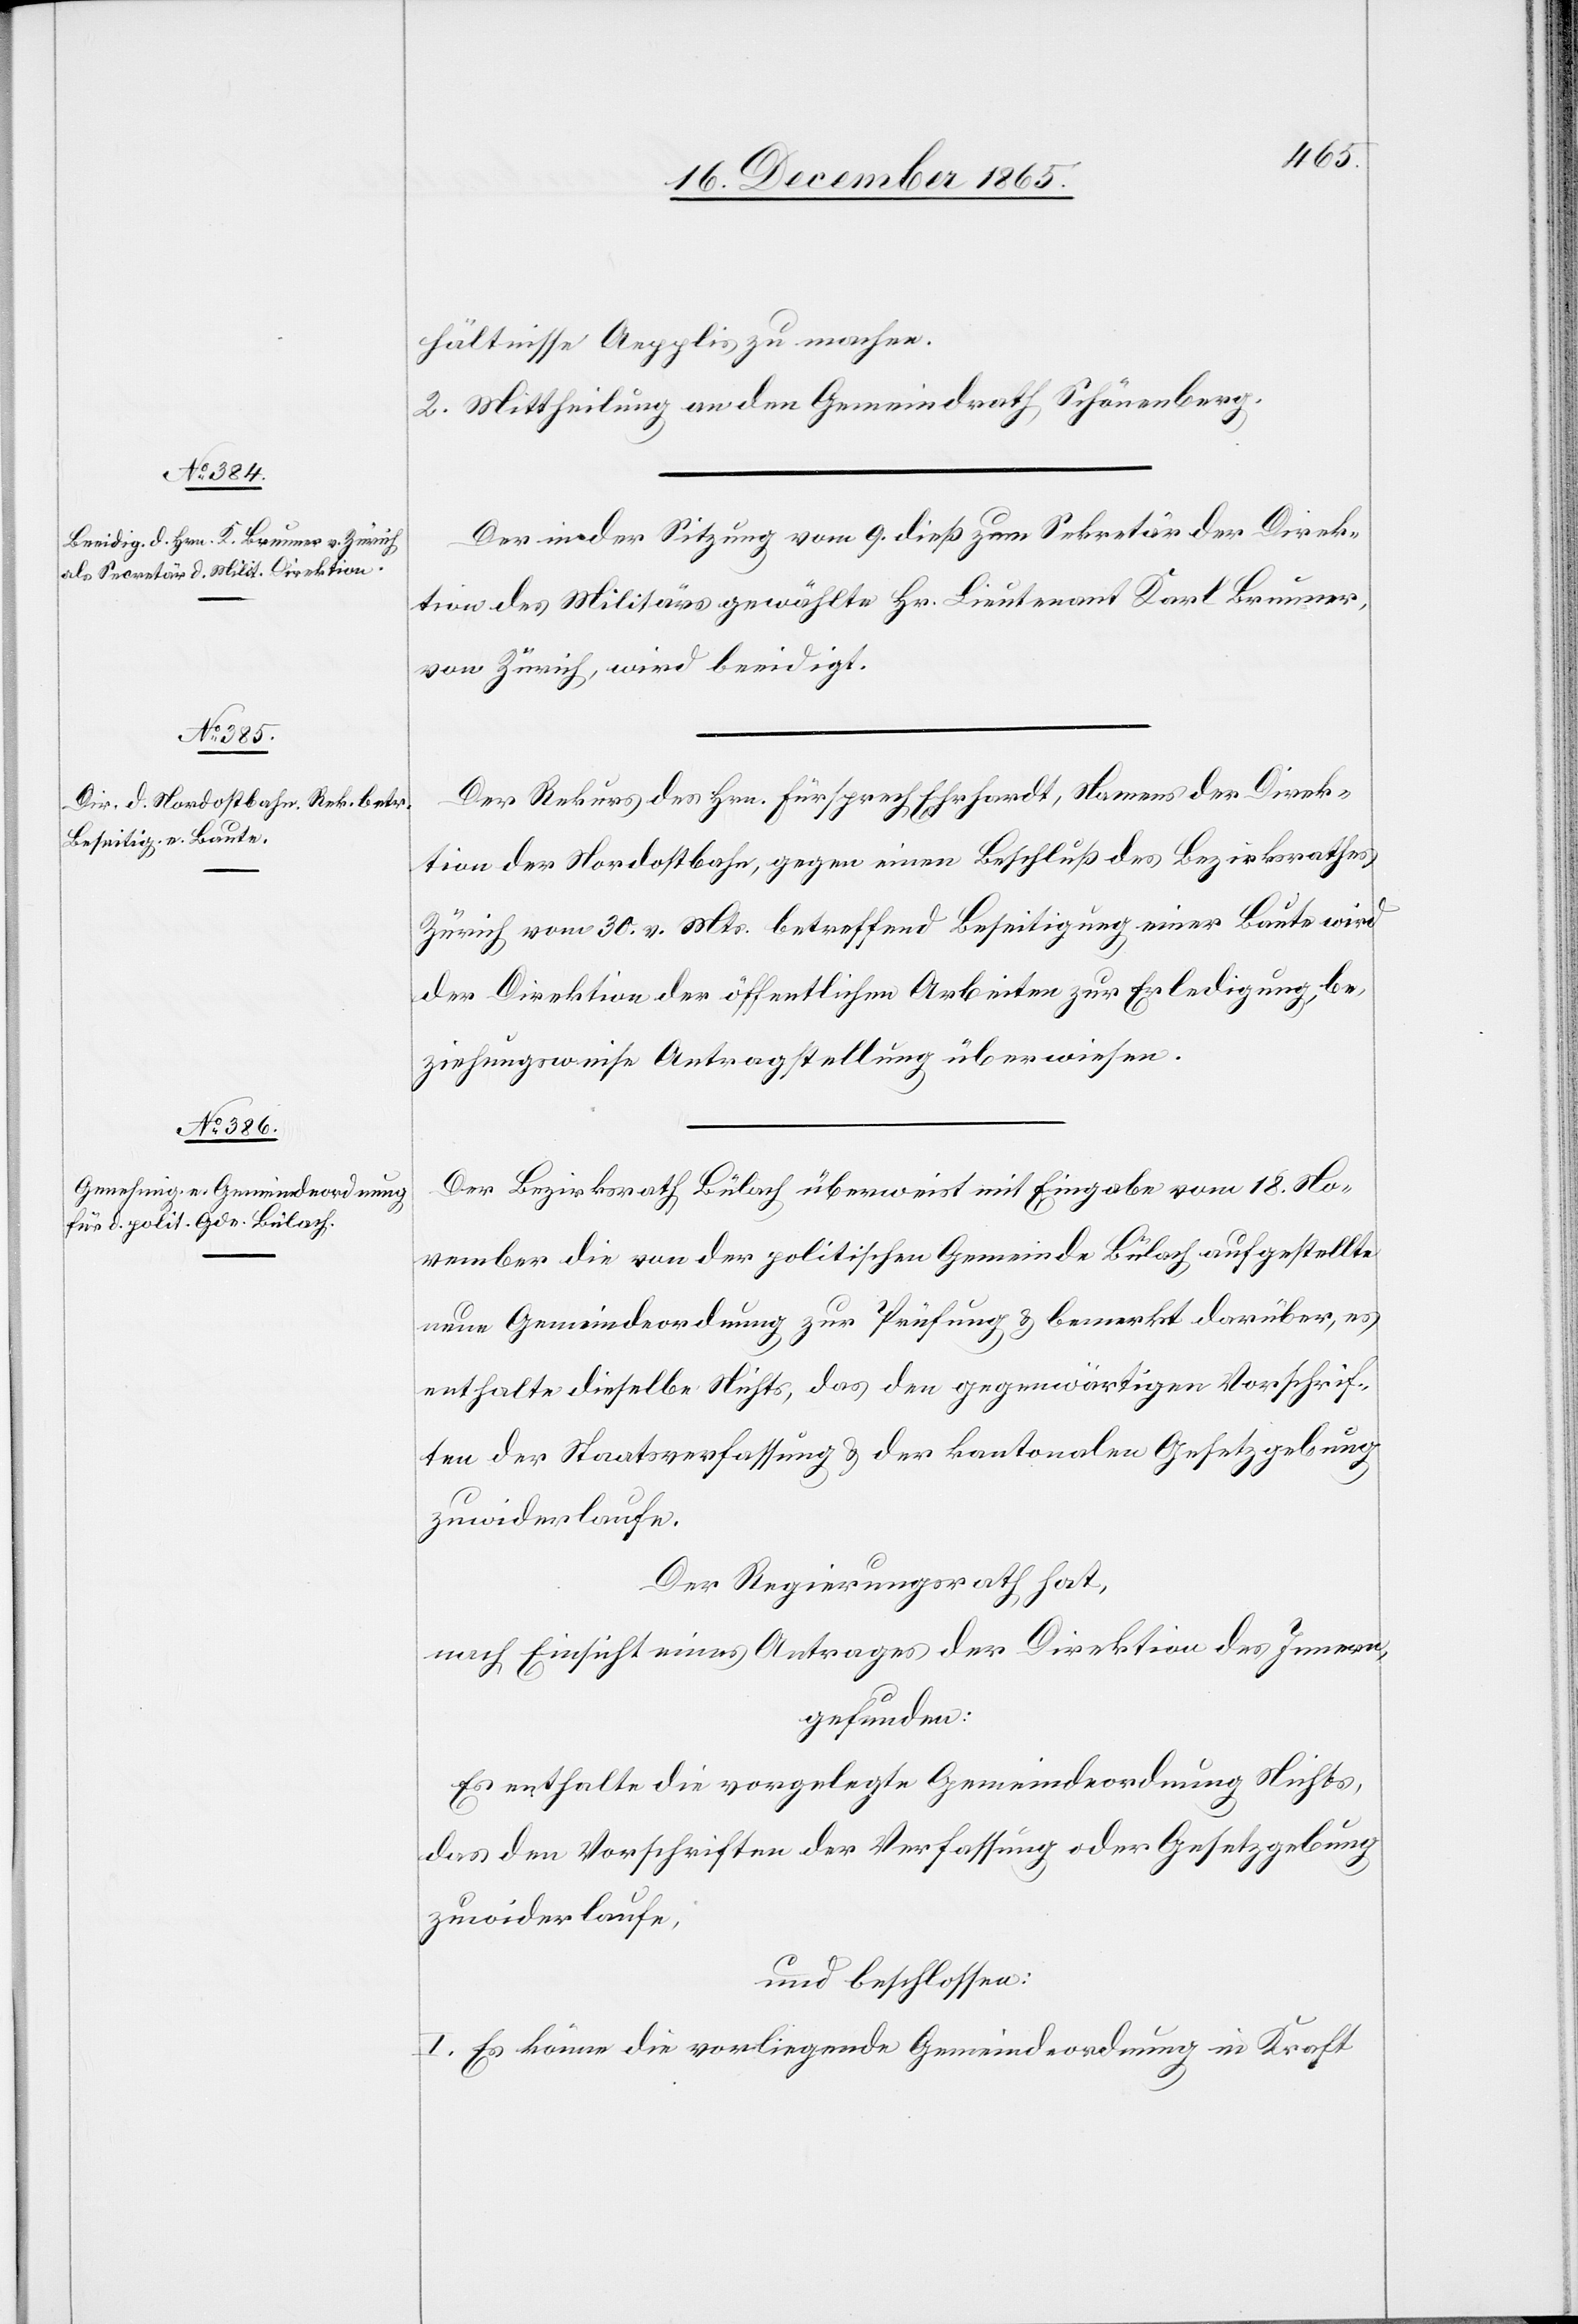
hältnisse Aepplis zu machen.
2. Mittheilung an den Gemeindrath Schönenberg.
Der in der Sitzung vom 9. dieß zum Sekretär der Direk¬
tion des Militärs gewählte Hr. Lieutnant Karl Brunner,
von Zürich, wird beeidigt.
Der Rekurs des Hrn. Fürsprech Ehrhardt, Namens der Direk¬
tion der Nordostbahn, gegen einen Beschluß des Bezirksrathes
Zürich vom 30. v. Mts. betreffend Beseitigung einer Baute wird
der Direktion der öffentlichen Arbeiten zur Erledigung, be¬
ziehungsweise Antragstellung überwiesen.
Der Bezirksrath Bülach überweist mit Eingabe vom 18. No¬
vember die von der politischen Gemeinde Bülach aufgestellte
neue Gemeindeordnung zur Prüfung & bemerkt darüber, es
enthalte dieselbe Nichts, das den gegenwärtigen Vorschrif¬
ten der Staatsverfassung & der kantonalen Gesetzgebung
zuwiderlaufe,
Der Regierungsrath hat,
nach Einsicht eines Antrages der Direktion des Innern,
gefunden:
Es enthalte die vorgelegte Gemeindeordnung Nichts,
das den Vorschriften der Verfassung oder Gesetzgebung
zuwiderlaufe,
und beschlossen:
I. Es könne die vorliegende Gemeindeordnung in Kraft